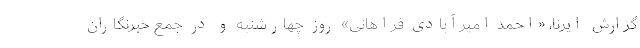
گزارش ایرنا، «احمد امیرآبادی فراهانی» روز چهارشنبه و در جمع خبرنگاران